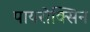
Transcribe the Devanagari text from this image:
पायरोक्सिन